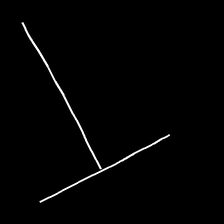
Glyph: column